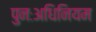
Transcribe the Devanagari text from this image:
पुनःअधिनियम